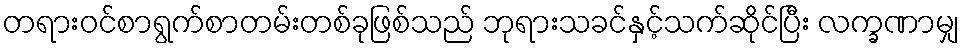
တရားဝင်စာရွက်စာတမ်းတစ်ခုဖြစ်သည် ဘုရားသခင်နှင့်သက်ဆိုင်ပြီး လက္ခဏာမျှ